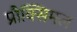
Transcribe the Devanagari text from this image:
प्रौक्सिमल